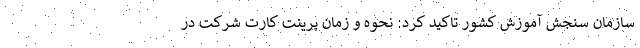
سازمان سنجش آموزش کشور تاکید کرد: نحوه‌ و زمان پرینت کارت شرکت در